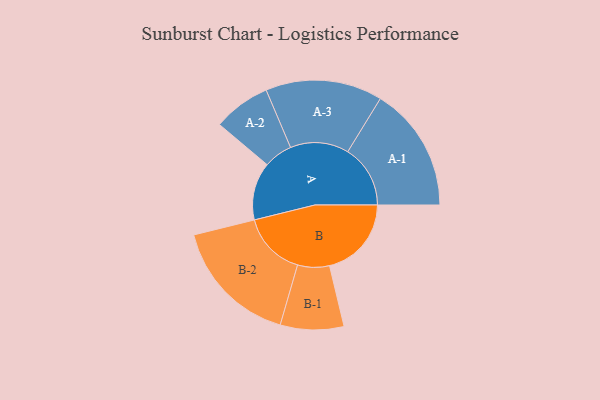
{"axis": {"x": "Segment", "y": "Value"}, "legend": ["", "A", "B"], "data": [{"x": "A", "y": 251, "type": ""}, {"x": "B", "y": 356, "type": ""}, {"x": "A-1", "y": 272, "type": "A"}, {"x": "A-2", "y": 125, "type": "A"}, {"x": "A-3", "y": 254, "type": "A"}, {"x": "B-1", "y": 138, "type": "B"}, {"x": "B-2", "y": 279, "type": "B"}]}